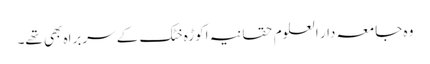
وہ جامعہ دار العلوم حقانیہ اکوڑہ خٹک کے سربراہ بھی تھے۔